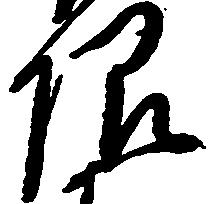
限